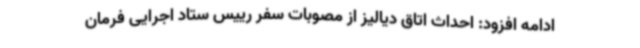
ادامه افزود: احداث اتاق دیالیز از مصوبات سفر رییس ستاد اجرایی فرمان